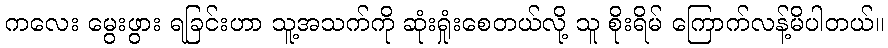
ကလေး မွေးဖွား ရခြင်းဟာ သူ့အသက်ကို ဆုံးရှုံးစေတယ်လို့ သူ စိုးရိမ် ကြောက်လန့်မိပါတယ်။